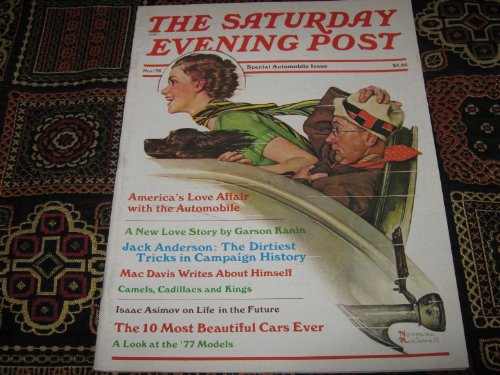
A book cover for Saturday Evening Post Magazine (America & The Automobile , Jack Anderson , Mac Davis , Isaac Asimov, November 1976); Health, Fitness & Dieting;